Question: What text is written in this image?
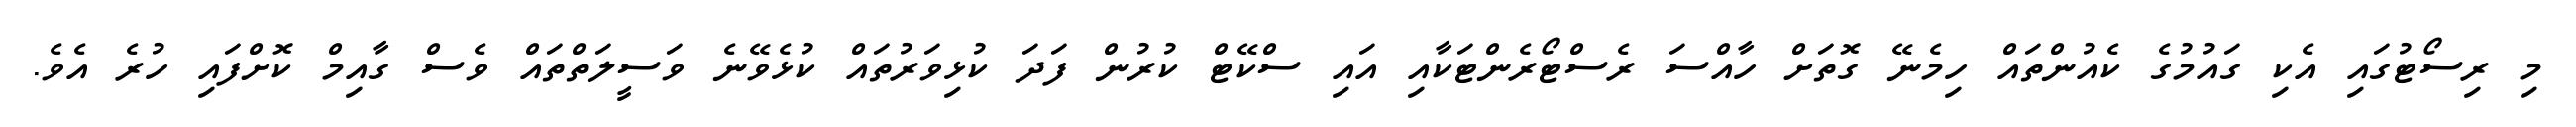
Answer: މި ރިސޯޓުގައި އެކި ގައުމުގެ ކެއުންތައް ހިމެނޭ ގޮތަށް ހާއްސަ ރެސްޓޯރެންޓަކާއި އައި ސްކޭޓް ކުރުން ފަދަ ކުޅިވަރުތައް ކުޅެވޭނެ ވަސީލަތްތައް ވެސް ގާއިމް ކޮށްފައި ހުރެ އެވެ.